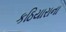
કઠિયારાના